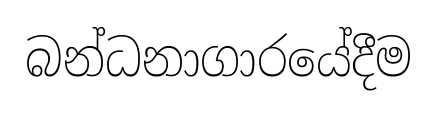
බන්ධනාගාරයේදීම